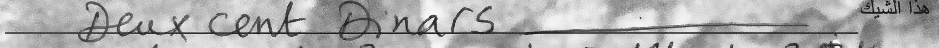
Deux cent Dinars